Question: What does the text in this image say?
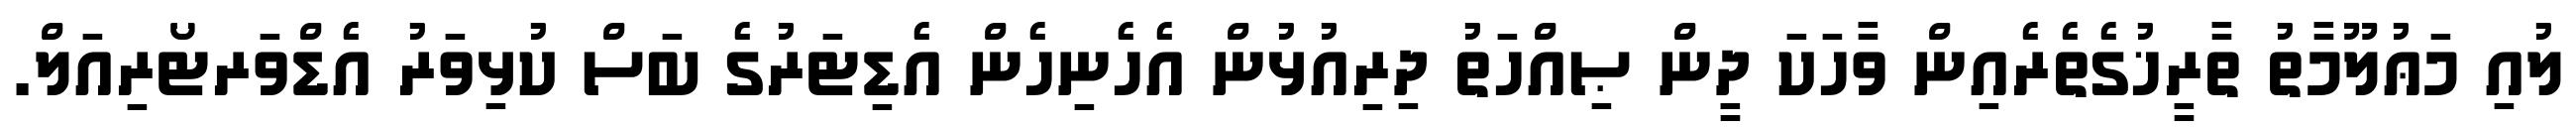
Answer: ލުއި މަޢުލޫމާތު ތާރީޚުގެތެރެއިން ވާހަކަ ދީން ޞިއްހަތު ދިރިއުޅުން އެހެނިހެން އެޑިޓަރުގެ ބަސް ކުޅިވަރު އެޑްވަރޓޯރިއަލް.